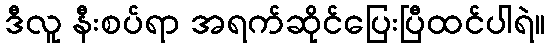
ဒီလူ နီးစပ်ရာ အရက်ဆိုင်ပြေးပြီထင်ပါရဲ။